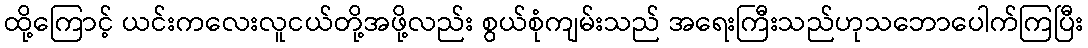
ထို့ကြောင့် ယင်းကလေးလူငယ်တို့အဖို့လည်း စွယ်စုံကျမ်းသည် အရေးကြီးသည်ဟုသဘောပေါက်ကြပြီး